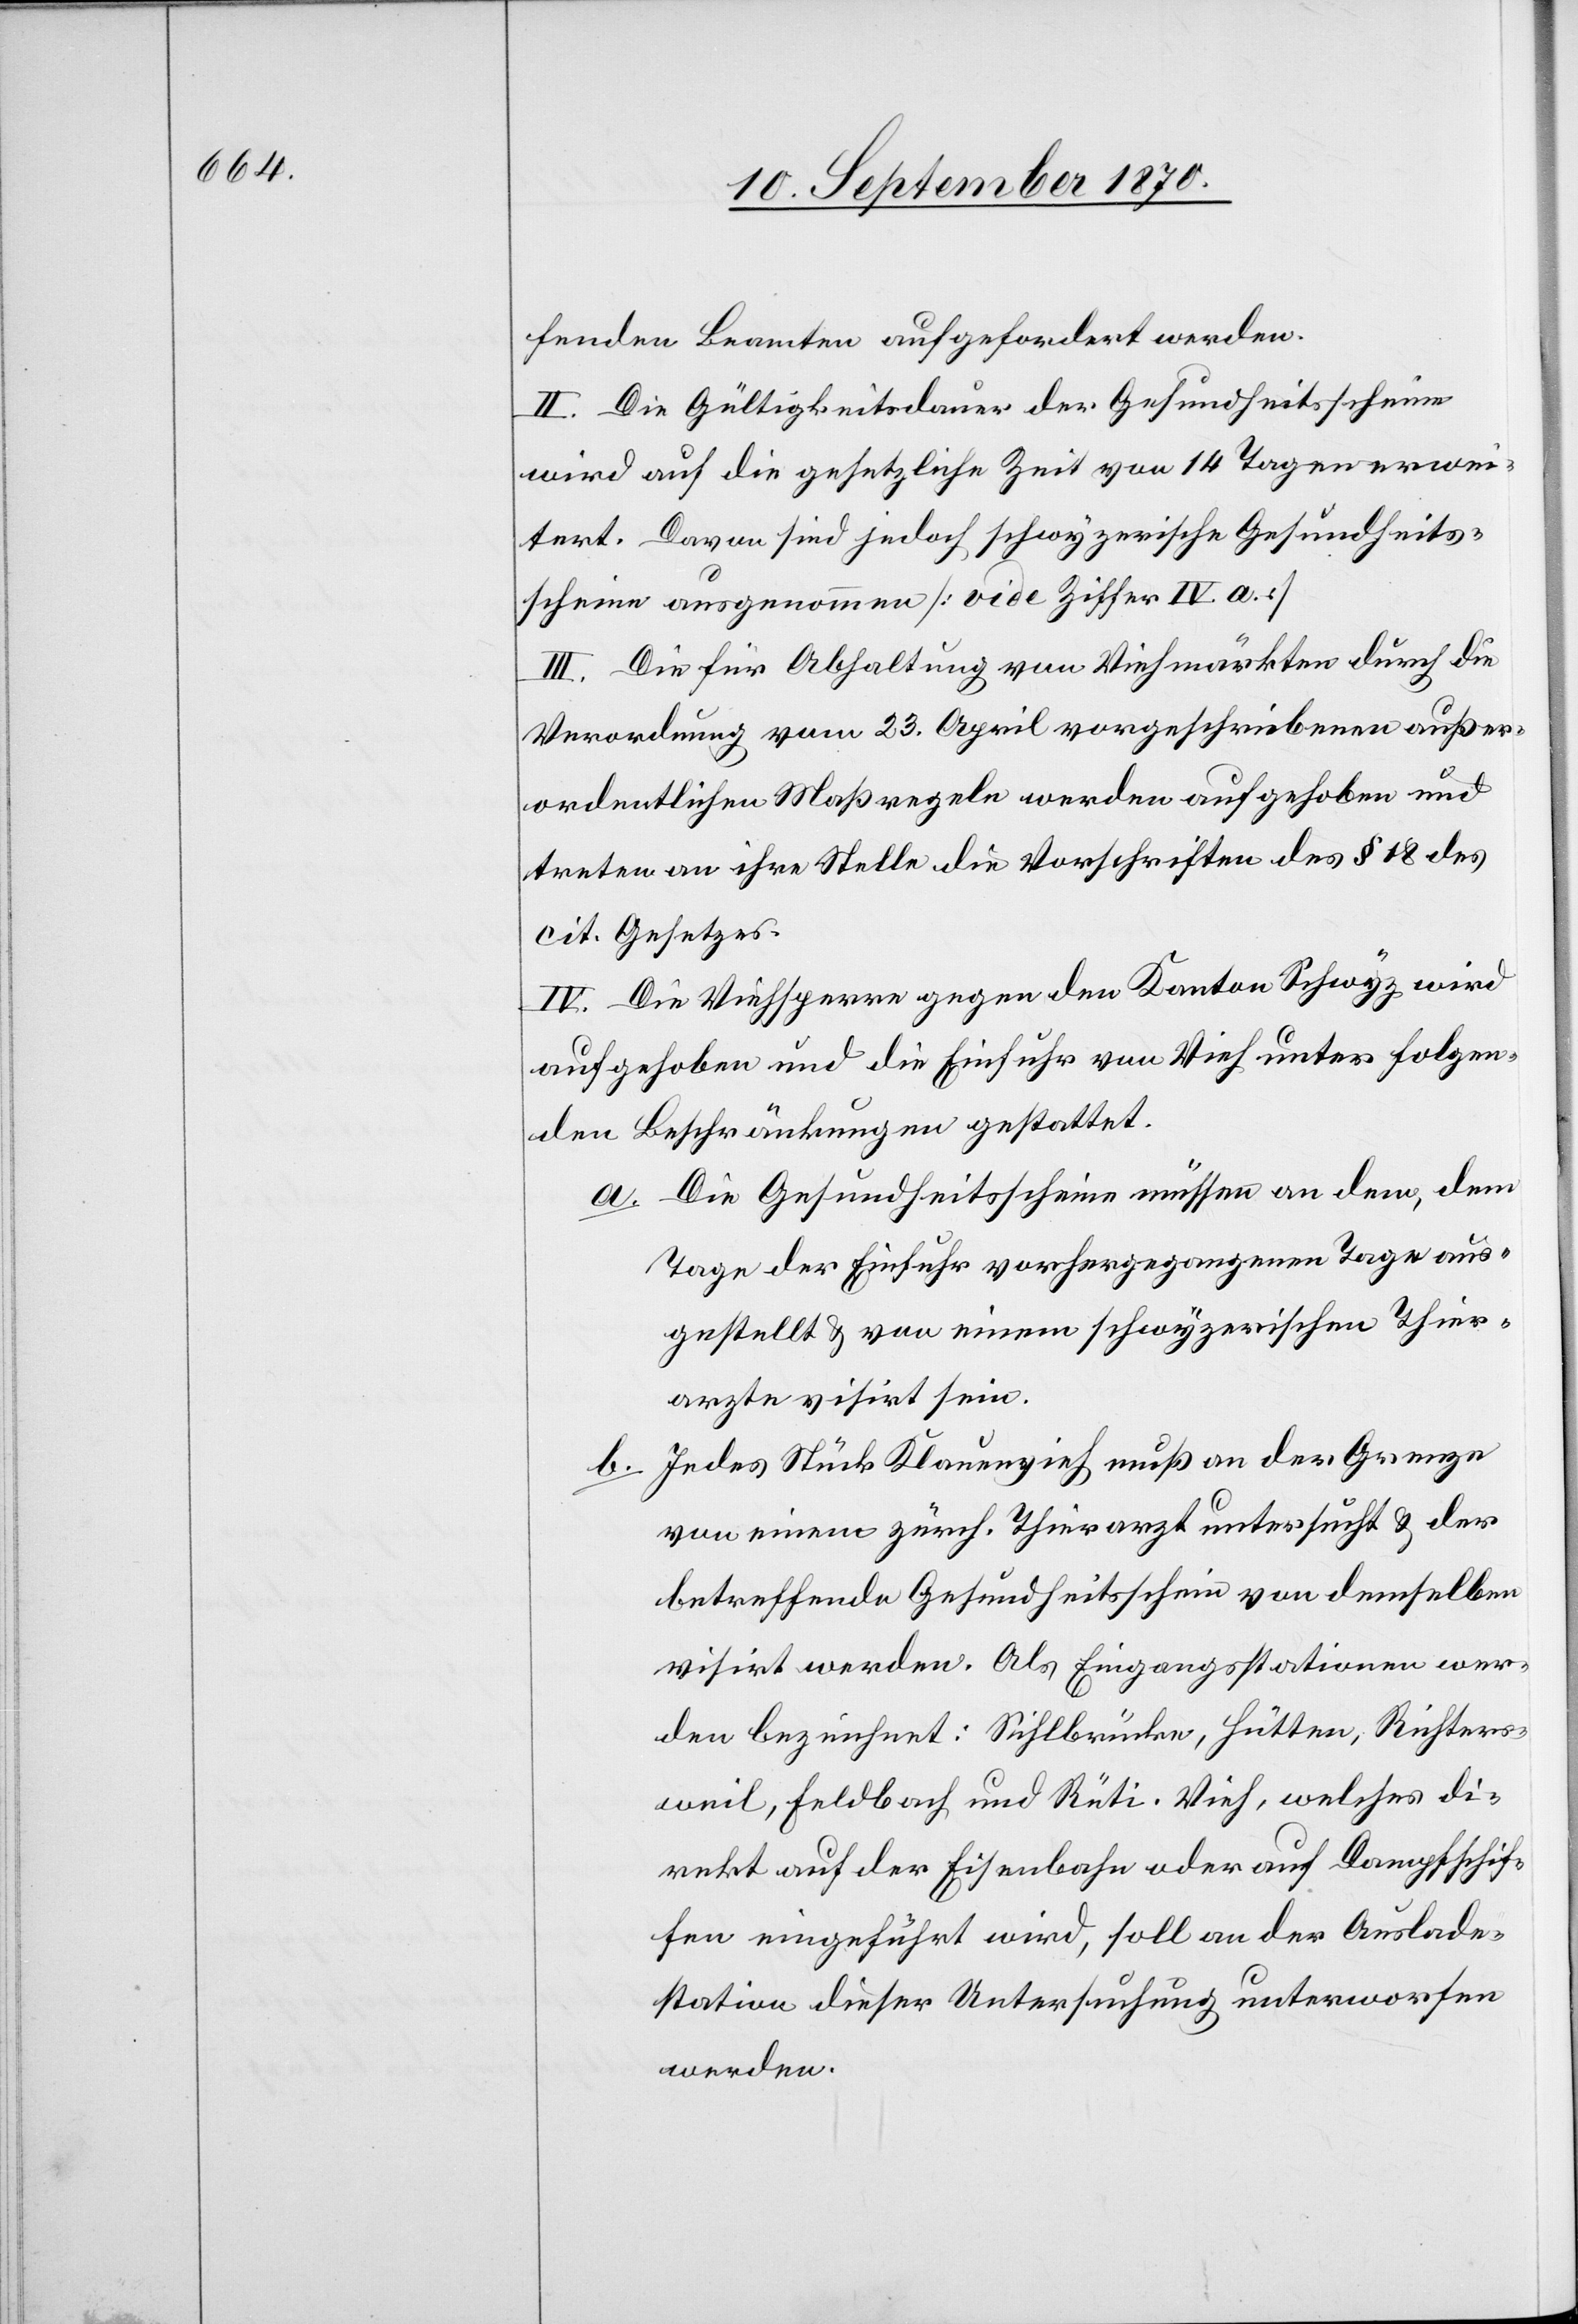
fenden Beamten aufgefordert werden.
II. Die Gültigkeitsdauer der Gesundheitsscheine
wird auf die gesetzliche Zeit von 14 Tagen erwei¬
tert. Davon sind jedoch schwyzerische Gesundheits¬
scheine ausgenommen [vide Ziffer IV. a]
III. die für Abhaltung von Viehmärkten durch die
Verordnung vom 23. April vorgeschriebenen außer¬
ordentlichen Maßregeln werden aufgehoben und
treten an ihre Stelle die Vorschriften des § 18 des
cit. Gesetzes.
IV. Die Viehsperre gegen den Kanton Schwyz wird
aufgehoben und die Einfuhr von Vieh unter folgen¬
den Beschränkungen gestattet.
a. Die Gesundheitsscheine müssen an dem, dem
Tage der Einfuhr vorhergegangenen Tage aus¬
gestellt & von einem schwyzerischen Thier¬
arzte visirt sein.
Jedes Stück Kleinvieh muß an der Grenze
b.
von einem zürch. Thierarzt untersucht & der
betreffende Gesundheitsschein von demselben
visirt werden. Als Eingangsstationen wer¬
den bezeichnet: Sihlbrücke, Hütten, Richters¬
weil, Feldbach und Rüti. Vieh, welches di¬
rekt auf der Eisenbahn oder auf Dampfschif¬
fen eingeführt wird, soll an der Auslade¬
station dieser Untersuchung unterworfen
werden.